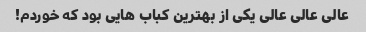
عالی عالی عالی یکی از بهترین کباب هایی بود که خوردم!